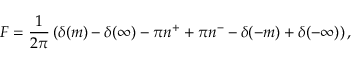
F = \frac { 1 } { 2 \pi } \left( \delta ( m ) - \delta ( \infty ) - \pi n ^ { + } + \pi n ^ { - } - \delta ( - m ) + \delta ( - \infty ) \right) ,